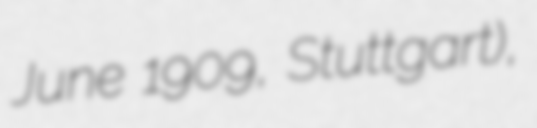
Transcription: June 1909, Stuttgart),